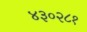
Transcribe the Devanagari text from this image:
४३०२८१